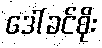
ဒေါ်ခင်စိုး